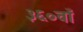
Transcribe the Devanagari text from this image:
३६०वाँ